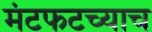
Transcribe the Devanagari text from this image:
मंटफटच्याच